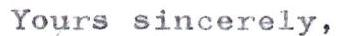
Yours sincerely,